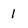
Character: 1